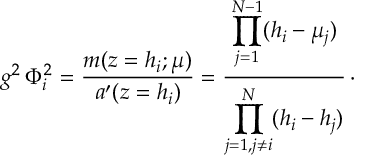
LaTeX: g ^ { 2 } \, \Phi _ { i } ^ { 2 } = { \frac { m ( z = h _ { i } ; \mu ) } { a ^ { \prime } ( z = h _ { i } ) } } = { \frac { \displaystyle \prod _ { j = 1 } ^ { N - 1 } ( h _ { i } - \mu _ { j } ) } { \displaystyle \prod _ { j = 1 , j \neq i } ^ { N } ( h _ { i } - h _ { j } ) } } \, \cdotp